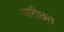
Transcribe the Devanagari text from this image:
पारीछत